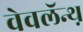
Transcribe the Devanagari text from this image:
वेवलॅन्थ़